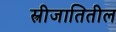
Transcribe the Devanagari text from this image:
स्त्रीजातितील